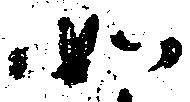
如